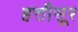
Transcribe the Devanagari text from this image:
हत्तीसूर